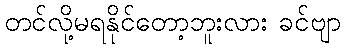
တင်လို့မရနိုင်တော့ဘူးလား ခင်ဗျာ